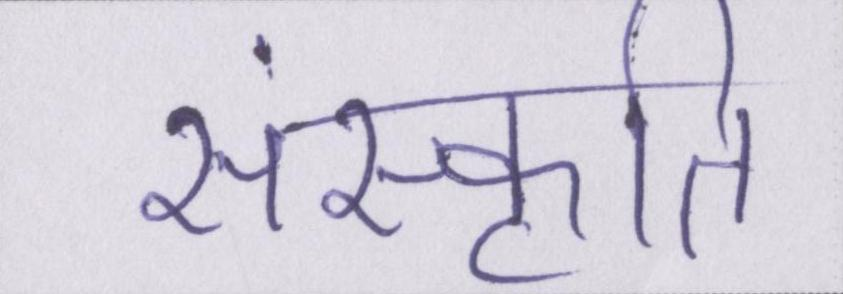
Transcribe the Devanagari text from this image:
संस्कॄति